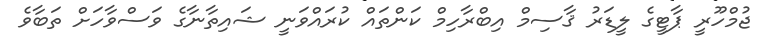
ޖުމްހޫރީ ޕާޓީގެ ލީޑަރު ޤާސިމް އިބްރާހިމް ކަންތައް ކުރައްވަނީ ޝައިތާނާގެ ވަސްވާހަށް ތަބާވެ